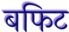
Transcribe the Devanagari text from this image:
बफिट